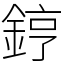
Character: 𨧤